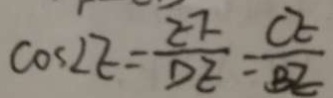
\cos \angle E = \frac { E F } { D E } = \frac { C E } { B E }